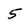
Character: 5